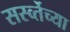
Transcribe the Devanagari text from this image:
सर्स्व्तेच्या